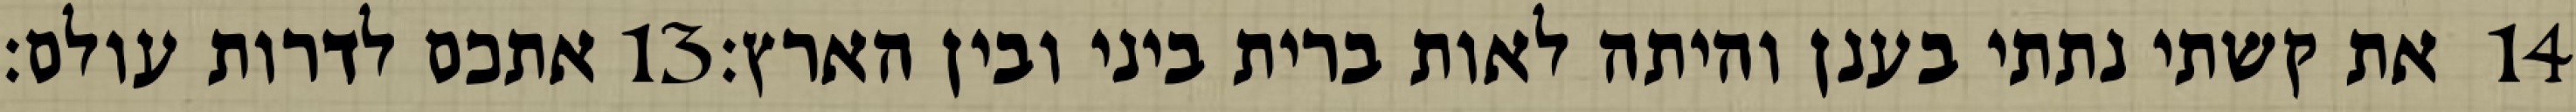
אתכם לדרות עולם׃ ‎13‏ את קשתי נתתי בענן והיתה לאות ברית ביני ובין הארץ׃ ‎14‏